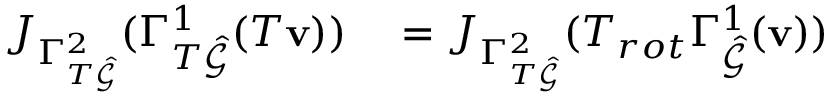
\begin{array} { r l } { J _ { \Gamma _ { T \hat { \mathcal { G } } } ^ { 2 } } ( \Gamma _ { T \hat { \mathcal { G } } } ^ { 1 } ( T \mathbf { v } ) ) } & { { } = J _ { \Gamma _ { T \hat { \mathcal { G } } } ^ { 2 } } ( T _ { r o t } \Gamma _ { \hat { \mathcal { G } } } ^ { 1 } ( \mathbf { v } ) ) } \end{array}